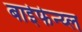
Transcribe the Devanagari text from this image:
बाईफेन्य्ल